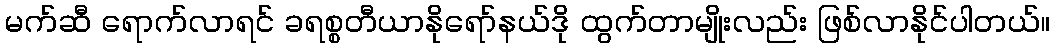
မက်ဆီ ရောက်လာရင် ခရစ္စတီယာနိုရော်နယ်ဒို ထွက်တာမျိုးလည်း ဖြစ်လာနိုင်ပါတယ်။